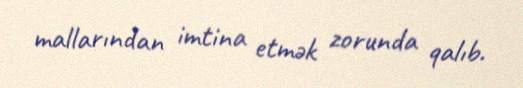
mallarından imtina etmək zorunda qalıb.